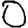
Digit: 0